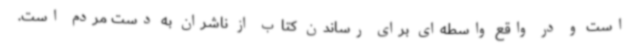
است و در واقع واسطه‌ای برای رساندن کتاب از ناشران به دست مردم است.